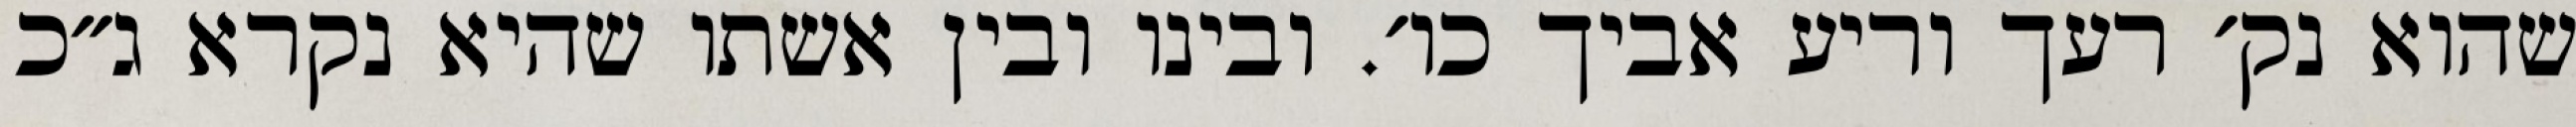
שהוא נק׳ רעך וריע אביך כו׳. ובינו ובין אשתו שהיא נקרא ג״כ